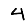
Digit: 4